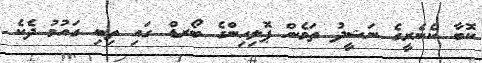
ކޮބާ ކެނެރީގެ ނަޝީދު ތަމެން ޕޮލިހިންގެ ބޯރޑް ގައި ތިބި ގައުމު ދެކެ